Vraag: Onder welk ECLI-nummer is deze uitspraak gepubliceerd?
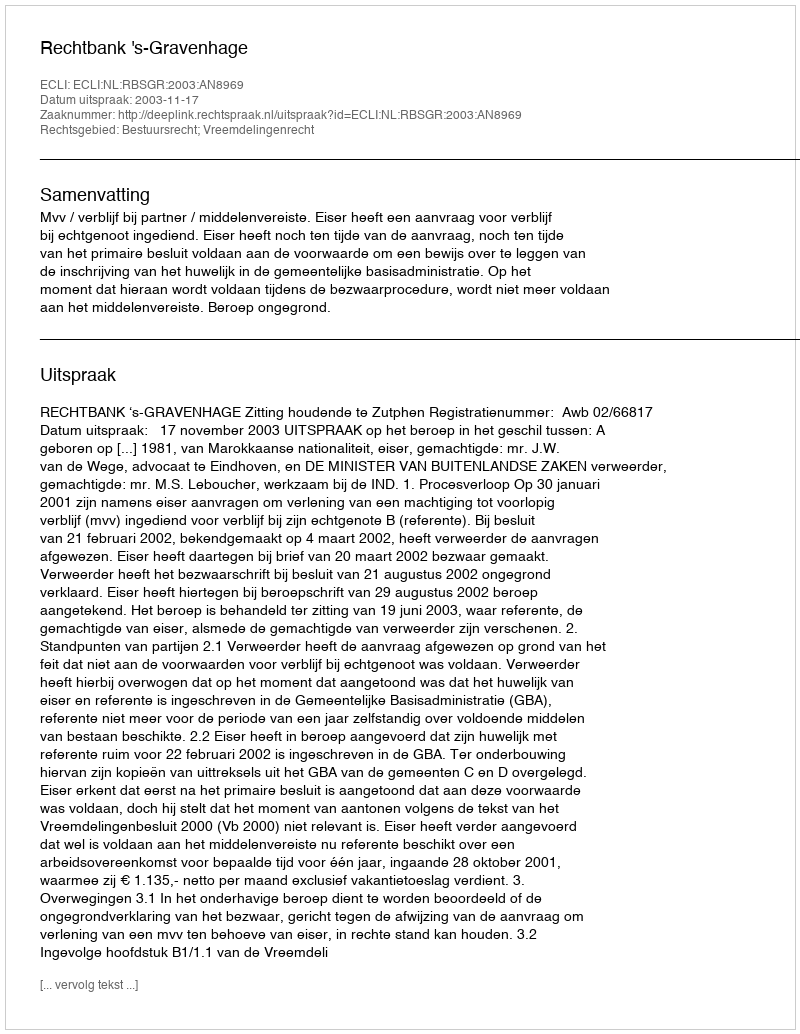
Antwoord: ECLI:NL:RBSGR:2003:AN8969